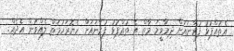
އެތުއްޕުޅު ފުރާނައަށް ދިމާވީމަ މާތް އެ ތުއްޕުޅު ފުރާނައަށް ހެޔޮރަހުމަތް ލެއްވުން އެދެއް.